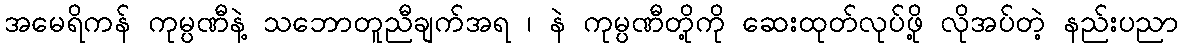
အမေရိကန် ကုမ္ပဏီနဲ့ သဘောတူညီချက်အရ ၊ နဲ ကုမ္ပဏီတို့ကို ဆေးထုတ်လုပ်ဖို့ လိုအပ်တဲ့ နည်းပညာ